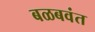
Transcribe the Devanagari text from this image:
बळबवंत